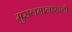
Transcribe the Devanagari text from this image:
मुसलमानांसाठी